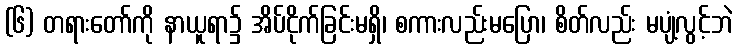
(၆) တရားတော်ကို နာယူရာ၌ အိပ်ငိုက်ခြင်းမရှိ၊ စကားလည်းမပြော၊ စိတ်လည်း မပျံ့လွင့်ဘဲ